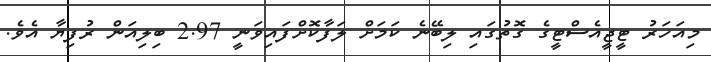
މިއަހަރު ޓީޖީއެސްޓީގެ ގޮތުގައި ލިބޭނެ ކަމަށް ލަފާކޮށްފައިވަނީ 2.97 ބިލިއަން ރުފިޔާ އެވެ.